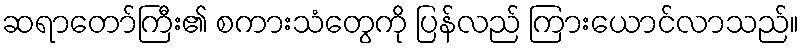
ဆရာတော်ကြီး၏ စကားသံတွေကို ပြန်လည် ကြားယောင်လာသည်။